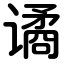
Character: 谲